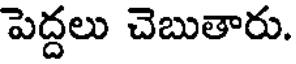
పెద్దలు చెబుతారు.